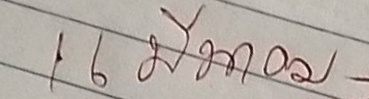
16 มีนาคม